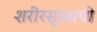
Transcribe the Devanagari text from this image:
शरीरसुखाची